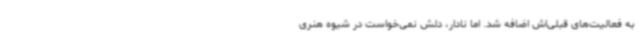
به فعالیت‌های قبلی‌اش اضافه شد. اما نادار، دلش نمی‌خواست در شیوه هنری